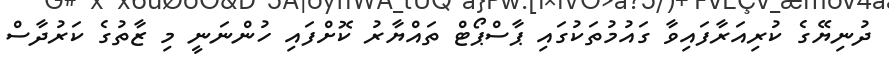
ދުނިޔޭގެ ކުރިއަރާފައިވާ ގައުމުތަކުގައި ޕާސްޕޯޓް ތައްޔާރު ކޮށްފައި ހުންނަނީ މި ޒާތުގެ ކަރުދާސް